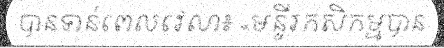
បានទាន់ពេលវេលា៖ «មន្ទីរកសិកម្មបាន